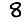
Digit: 8